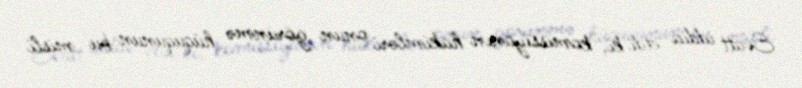
Evatt iddia etdi ki, komissiyanın hakimləri onun görünmə hüququnun bu misli